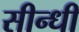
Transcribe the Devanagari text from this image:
सीन्धी